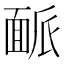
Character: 𩈛